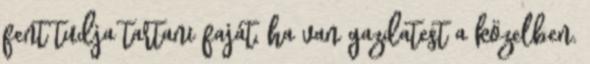
fent tudja tartani faját, ha van gazdatest a közelben.